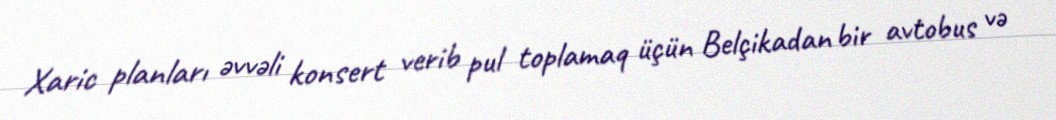
Xaric planları əvvəli konsert verib pul toplamaq üçün Belçikadan bir avtobus və